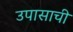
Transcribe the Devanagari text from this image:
उपासाची